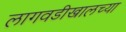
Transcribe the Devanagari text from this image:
लागवडीखालच्या